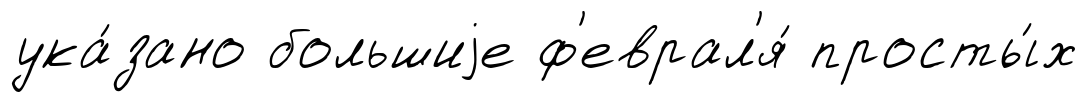
ука́зано большиjе ф'еврал'я́ просты́х